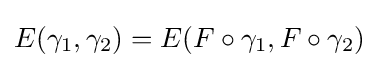
E(\gamma _{1},\gamma _{2})=E(F\circ \gamma _{1},F\circ \gamma _{2})